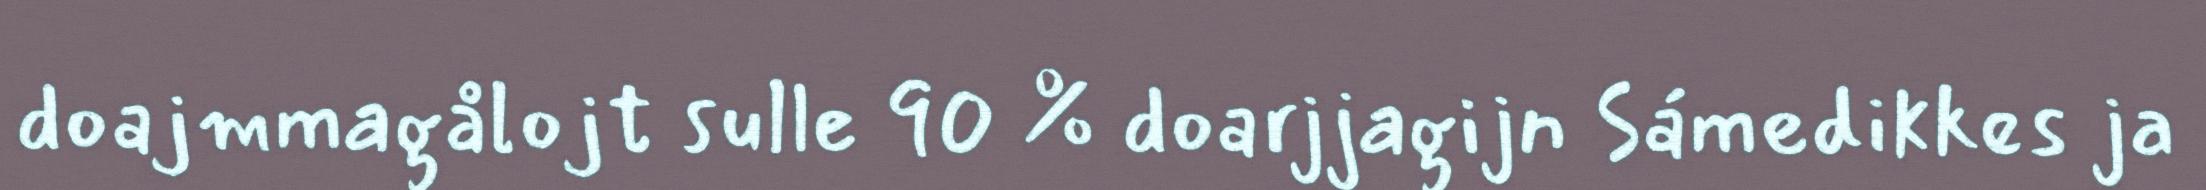
doajmmagålojt sulle 90 % doarjjagijn Sámedikkes ja